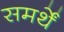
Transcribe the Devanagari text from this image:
समर्थें